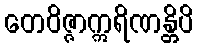
တေဝိဇ္ဇာဣရိဏန္တိပိ